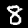
Digit: 8